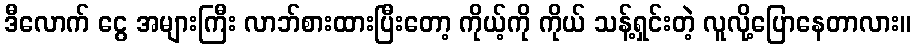
ဒီလောက် ငွေ အများကြီး လာဘ်စားထားပြီးတော့ ကိုယ့်ကို ကိုယ် သန့်ရှင်းတဲ့ လူလို့ပြောနေတာလား။